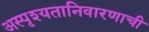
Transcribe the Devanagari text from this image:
अस्पृश्‍यतानिवारणाची